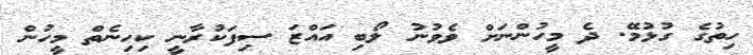
ހިތުގެ ގުޅުމޭ. ދެ މީހުންނަށް ވެވުނު ލޯބި އައްޒަ ސިފަކުރާނީ ކިހިނެތް މީހުން